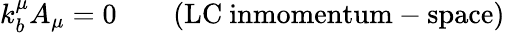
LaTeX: k_{b}^{\mu}A_{\mu}=0\qquad\mathrm{(LC~inmomentum-space)}